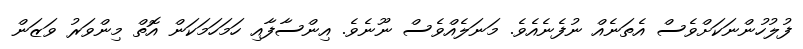
ފުލުހުންނަކަށްވެސް އެތަނެއް ނުފެނެއެވެ. މަނަލެއްވެސް ނޫނެވެ. އިންސާފާއި ހަމަހަމަކަން އޮތް މިންވަރު ވަޒަން